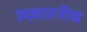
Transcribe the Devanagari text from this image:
उदघाटनीय